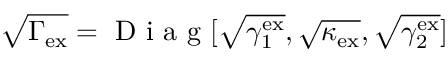
\sqrt { \Gamma _ { \mathrm { e x } } } = \mathrm { ~ D ~ i ~ a ~ g ~ } [ \sqrt { \gamma _ { 1 } ^ { \mathrm { e x } } } , \sqrt { \kappa _ { \mathrm { e x } } } , \sqrt { \gamma _ { 2 } ^ { \mathrm { e x } } } ]